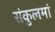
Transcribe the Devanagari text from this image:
संकुलमां